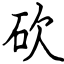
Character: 砍